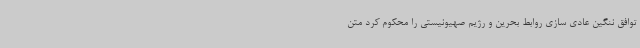
توافق ننگین عادی سازی روابط بحرین و رژیم صهیونیستی را محکوم کرد متن